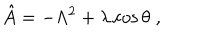
LaTeX: \hat { A } = - \Lambda ^ { 2 } + \lambda \cos \theta \; ,